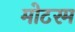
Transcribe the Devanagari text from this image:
मोटरम